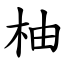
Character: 柚